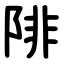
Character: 陫